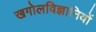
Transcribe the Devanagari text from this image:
खगोलविज्ञानियों